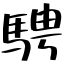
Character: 騁